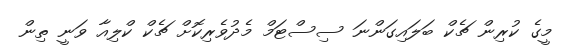
މީގެ ކުރިން ޗެކް ބަލައިގަންނަ ސިސްޓަމް މެދުވެރިކޮށް ޗެކް ކްލިއާ ވަނީ ތިން